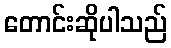
တောင်းဆိုပါသည်